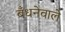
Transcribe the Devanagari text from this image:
बँधनेवाले